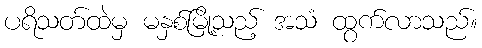
ပရိသတ်ထဲမှ မနှစ်မြို့သည့် အသံ ထွက်လာသည်။